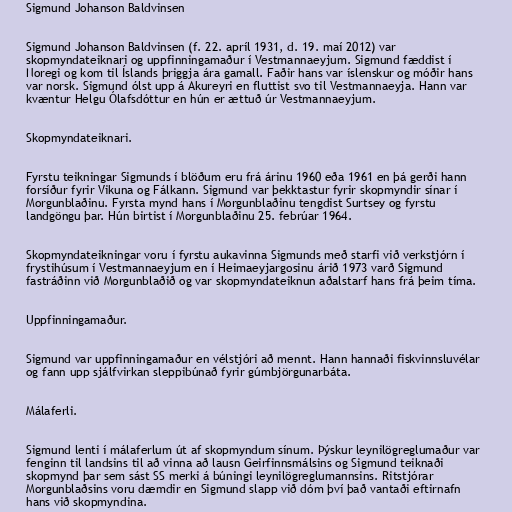
Sigmund Johanson Baldvinsen

Sigmund Johanson Baldvinsen (f. 22. apríl 1931, d. 19. maí 2012) var
skopmyndateiknari og uppfinningamaður í Vestmannaeyjum. Sigmund fæddist í
Noregi og kom til Íslands þriggja ára gamall. Faðir hans var íslenskur og móðir hans
var norsk. Sigmund ólst upp á Akureyri en fluttist svo til Vestmannaeyja. Hann var
kvæntur Helgu Ólafsdóttur en hún er ættuð úr Vestmannaeyjum.

Skopmyndateiknari.

Fyrstu teikningar Sigmunds í blöðum eru frá árinu 1960 eða 1961 en þá gerði hann
forsíður fyrir Vikuna og Fálkann. Sigmund var þekktastur fyrir skopmyndir sínar í
Morgunblaðinu. Fyrsta mynd hans í Morgunblaðinu tengdist Surtsey og fyrstu
landgöngu þar. Hún birtist í Morgunblaðinu 25. febrúar 1964.

Skopmyndateikningar voru í fyrstu aukavinna Sigmunds með starfi við verkstjórn í
frystihúsum í Vestmannaeyjum en í Heimaeyjargosinu árið 1973 varð Sigmund
fastráðinn við Morgunblaðið og var skopmyndateiknun aðalstarf hans frá þeim tíma.

Uppfinningamaður.

Sigmund var uppfinningamaður en vélstjóri að mennt. Hann hannaði fiskvinnsluvélar
og fann upp sjálfvirkan sleppibúnað fyrir gúmbjörgunarbáta.

Málaferli.

Sigmund lenti í málaferlum út af skopmyndum sínum. Þýskur leynilögreglumaður var
fenginn til landsins til að vinna að lausn Geirfinnsmálsins og Sigmund teiknaði
skopmynd þar sem sást SS merki á búningi leynilögreglumannsins. Ritstjórar
Morgunblaðsins voru dæmdir en Sigmund slapp við dóm því það vantaði eftirnafn
hans við skopmyndina.